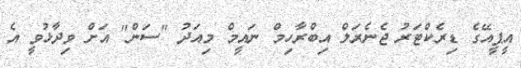
އީޕީއޭގެ ޑިރެކްޓަރު ޖެނެރަލް އިބްރާހިމް ނައީމް މިއަދު "ސަން" އަށް ވިދާޅުވީ އެ